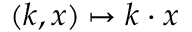
( k , x ) \mapsto k \cdot x